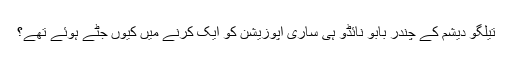
تیلگو دیشم کے چندر بابو نائڈو ہی ساری اپوزیشن کو ایک کرنے میں کیوں جٹے ہوئے تھے؟